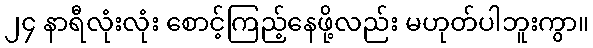
၂၄ နာရီလုံးလုံး စောင့်ကြည့်နေဖို့လည်း မဟုတ်ပါဘူးကွာ။